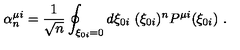
\alpha _ { n } ^ { \mu i } = \frac { 1 } { \sqrt { n } } \oint _ { \xi _ { 0 i } = 0 } d \xi _ { 0 i } \ ( \xi _ { 0 i } ) ^ { n } P ^ { \mu i } ( \xi _ { 0 i } ) \ .